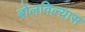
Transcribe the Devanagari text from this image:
बोलविल्यास